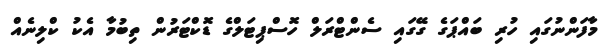
މާފަންނުގައި ހުރި ބައްޕަގެ ގޭގައި ސެންޓްރަލް ހޮސްޕިޓަލްގެ ޑޮކްޓަރުން ތިބުމާ އެކު ކްލިނެއް